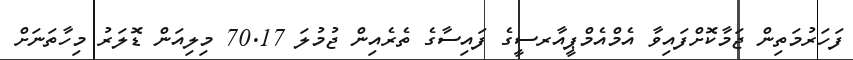
ފަހަރުމަތިން ޖަމާކޮށްފައިވާ އެމްއެމްޕީއާރސީގެ ފައިސާގެ ތެރެއިން ޖުމުލަ 70.17 މިލިއަން ޑޮލަރު މިހާތަނަށް